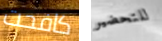
كافحت للتحضير